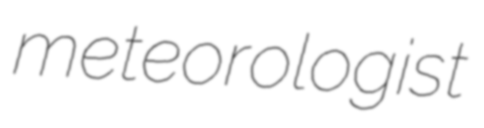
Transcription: meteorologist